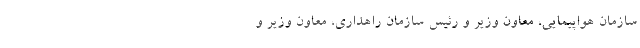
سازمان هواپیمایی، معاون وزیر و رئیس سازمان راهداری، معاون وزیر و